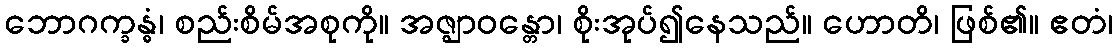
ဘောဂက္ခန္ဓံ၊ စည်းစိမ်အစုကို။ အဇ္ဈာဝန္တော၊ စိုးအုပ်၍နေသည်။ ဟောတိ၊ ဖြစ်၏။ ဧတံ၊